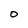
Character: 0